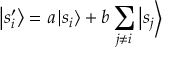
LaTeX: \left| s _ { i } ^ { \prime } \right\rangle = a \left| s _ { i } \right\rangle + b \sum _ { j \neq i } \left| s _ { j } \right\rangle